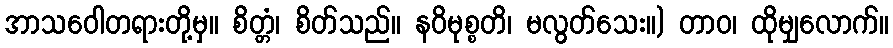
အာသဝေါတရားတို့မှ။ စိတ္တံ၊ စိတ်သည်။ နဝိမုစ္စတိ၊ မလွတ်သေး။) တာဝ၊ ထိုမျှလောက်။